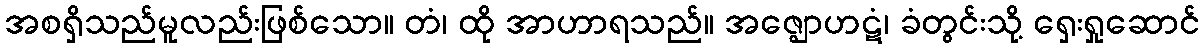
အစရှိသည်မူလည်းဖြစ်သော။ တံ၊ ထို အာဟာရသည်။ အဇ္ဈောဟဋံ၊ ခံတွင်းသို့ ရှေးရှုဆောင်